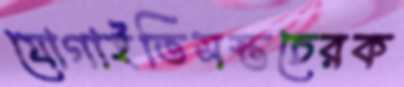
যোগাইতিসস্তচেরক